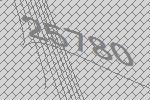
25780